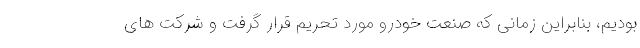
بودیم، بنابراین زمانی که صنعت خودرو مورد تحریم قرار گرفت و شرکت های